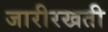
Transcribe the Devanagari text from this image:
जारीरखती